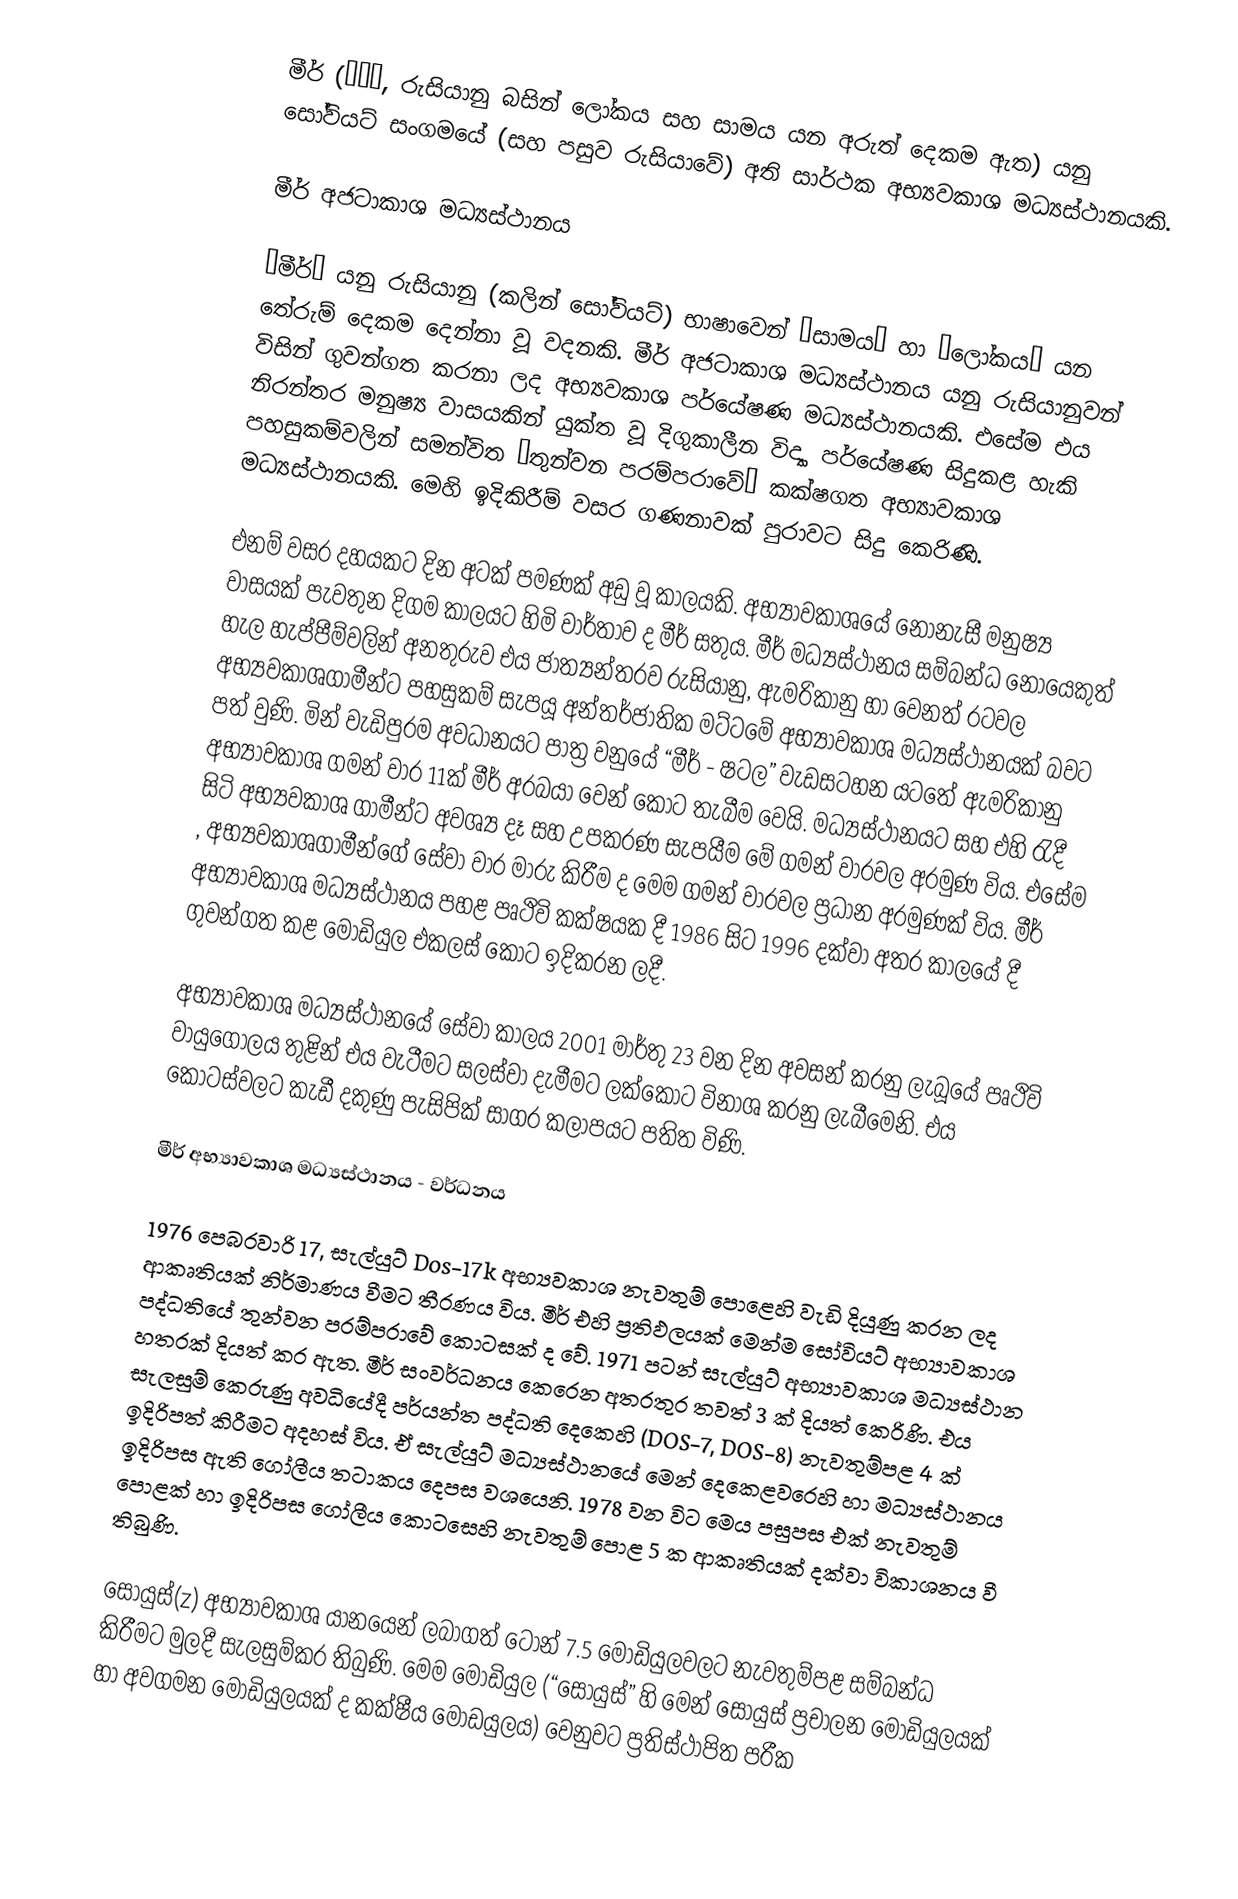
මීර් (Мир, රුසියානු බසින් ලෝකය සහ සාමය යන අරුත් දෙකම ඇත) යනු සෝවියට් සංගමයේ (සහ පසුව රුසියාවේ) අති සාර්ථක අභ්‍යවකාශ මධ්‍යස්ථානයකි.

මීර් අජටාකාශ මධ්‍යස්ථානය

“මීර්” යනු රුසියානු (කලින් සෝවියට්) භාෂාවෙන් “සාමය” හා “ලෝකය” යන තේරුම් දෙකම දෙන්නා වූ වදනකි. මීර් අජටාකාශ මධ්‍යස්ථානය යනු රුසියානුවන් විසින් ගුවන්ගත කරනා ලද අභ්‍යවකාශ පර්යේෂණ මධ්‍යස්ථානයකි. එසේම එය නිරන්තර මනුෂ්‍ය වාසයකින් යුක්ත වූ දිගුකාලීන විද්‍යා පර්යේෂණ සිදුකළ හැකි පහසුකම්වලින් සමන්විත “තුන්වන පරම්පරාවේ” කක්ෂගත අභ්‍යාවකාශ මධ්‍යස්ථානයකි. මෙහි ඉදි‍කිරීම් වසර ගණනාවක් පුරාවට සිදු කෙරිණි.

එනම් වසර දහයකට දින අටක් පමණක් අඩු වූ කාලයකි.  අභ්‍යාවකාශයේ නොනැසී මනුෂ්‍ය වාසයක් පැවතුන දිගම කාලයට හිමි වාර්තාව ද මීර් සතුය. මීර් මධ්‍යස්ථානය සම්බන්ධ නොයෙකුත් හැල හැප්පීම්වලින් අනතුරුව එය ජාත්‍යන්තරව රුසියානු, ඇමරිකානු හා වෙනත් රටවල අභ්‍යවකාශගාමීන්ට පහසුකම් සැපයූ අන්තර්ජාතික මට්ටමේ අභ්‍යාවකාශ මධ්‍යස්ථානයක් බවට පත් වුණි. මින් වැඩිපුරම අවධානයට පාත්‍ර වනුයේ “මීර් - ෂටල” වැඩසටහන යටතේ ඇමරිකානු අභ්‍යාවකාශ ගමන් වාර 11ක් මීර් අරබයා වෙන් කොට තැබීම වෙයි. මධ්‍යස්ථානයට සහ එහි රැදී සිටි අභ්‍යවකාශ ගාමීන්ට අවශ්‍ය දෑ සහ උපකරණ සැපයීම මේ ගමන් වාරවල අරමුණ විය. එසේම , අභ්‍යවකාශගාමීන්ගේ සේවා වාර මාරු කිරීම ද මෙම ගමන් වාරවල ප්‍රධාන අරමුණක් විය. මීර් අභ්‍යාවකාශ මධ්‍යස්ථානය පහළ පෘථිවි කක්ෂ‍යක දී 1986 සිට 1996 දක්වා අතර කාලයේ දී ගුවන්ගත කළ මොඩියුල එකලස් කොට ඉදිකරන ලදී.

අභ්‍යාවකාශ මධ්‍යස්ථානයේ සේවා කාලය 2001 මාර්තු 23 වන දින අවසන් කරනු ලැබූයේ පෘථිවි වායුගෝලය තුළින් එය වැටීමට සලස්වා දැමීමට ලක්කොට විනාශ කරනු ලැබීමෙනි. එය කොටස්වලට කැඩී දකුණු පැසිපික් සාගර කලාපයට පතිත විණි.

මීර් අභ්‍යාවකාශ මධ්‍යස්ථානය - වර්ධනය

1976 පෙබරවාරි 17, සැල්යුට් Dos-17k අභ්‍යවකාශ නැවතුම් පොළෙහි වැඩි දියුණු කරන ලද ආකෘතියක් නිර්මාණය වීමට තීරණය විය. මීර් එහි ප්‍රතිඵලයක් මෙන්ම සෝවියට් අභ්‍යාවකාශ පද්ධතියේ තුන්වන පරම්පරාවේ කොටසක් ද වේ. 1971 පටන් සැල්යුට් අභ්‍යාවකාශ මධ්‍යස්ථාන හතරක් දියත් කර ඇත. මීර් සංවර්ධනය කෙරෙන අතරතුර තවත් 3 ක් දියත් කෙරිණි. එය සැලසුම් කෙරුණු අවධියේදී පර්යන්ත පද්ධති දෙකෙහි (DOS-7, DOS-8) නැවතුම්පළ 4 ක් ඉදිරිපත් කිරීමට අදහස් විය. ඒ සැල්යුට් මධ්‍යස්ථානයේ මෙන් දෙකෙළවරෙහි හා මධ්‍යස්ථානය ඉදිරිපස ඇති ගෝලීය තටාකය දෙපස වශයෙනි. 1978 වන විට මෙය පසුපස එක් නැවතුම් පොළක් හා ඉදිරිපස ගෝලීය කොටසෙහි නැවතුම් පොළ 5 ක ආකෘතියක් දක්වා විකාශනය වී තිබුණි.

සොයුස්(z) අභ්‍යාවකාශ යානයෙන් ලබාගත් ටොන් 7.5 මොඩියුලවලට නැවතුම්පළ සම්බන්ධ කිරීමට මුලදී සැලසුම්කර තිබුණි. මෙම මොඩියුල (“සොයුස්” හි මෙන් සොයුස් ප්‍රචාලන මොඩියුලයක් හා අවගමන මොඩියුලයක් ද කක්ෂීය මොඩයුලය) වෙනුවට ප්‍රතිස්ථාපිත පරීක